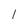
Character: l